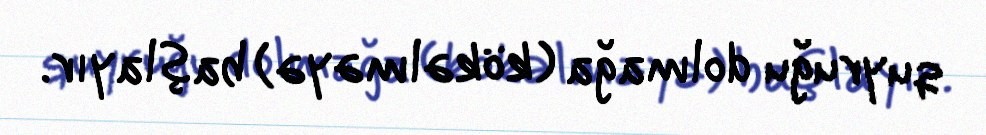
quyruğu dolmağa (kökəlməyə) başlayır.